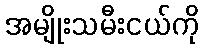
အမျိုးသမီးငယ်ကို